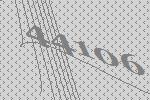
44106